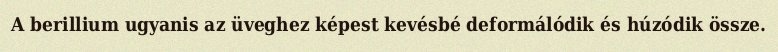
A berillium ugyanis az üveghez képest kevésbé deformálódik és húzódik össze.